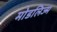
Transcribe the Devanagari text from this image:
मोडलिज्म